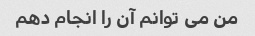
من می توانم آن را انجام دهم